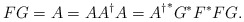
\begin{align*}FG=A=AA^{\dagger}A={A^\dagger}^*G^*F^*FG.\end{align*}